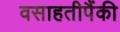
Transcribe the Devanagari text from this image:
वसाहतीपैंकी